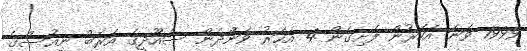
1999 ވަނަ އަހަރުން ފެށިގެން 4 އަހަރު ވަންދެން ސައޫދީގެ އަރަބް ނިއުސްގެ